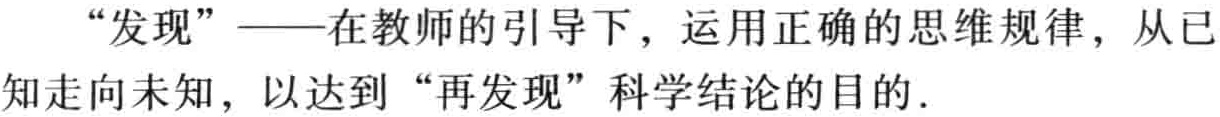
“发现”——在教师的引导下，运用正确的思维规律，从已知走向未知，以达到“再发现”科学结论的目的．